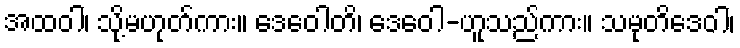
အထဝါ၊ သို့မဟုတ်ကား။ ဒေဝေါတိ၊ ဒေဝေါ-ဟူသည်ကား။ သမုတိဒေဝါ၊